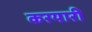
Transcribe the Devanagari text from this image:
करयारी